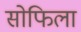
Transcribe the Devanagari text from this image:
सोफिला